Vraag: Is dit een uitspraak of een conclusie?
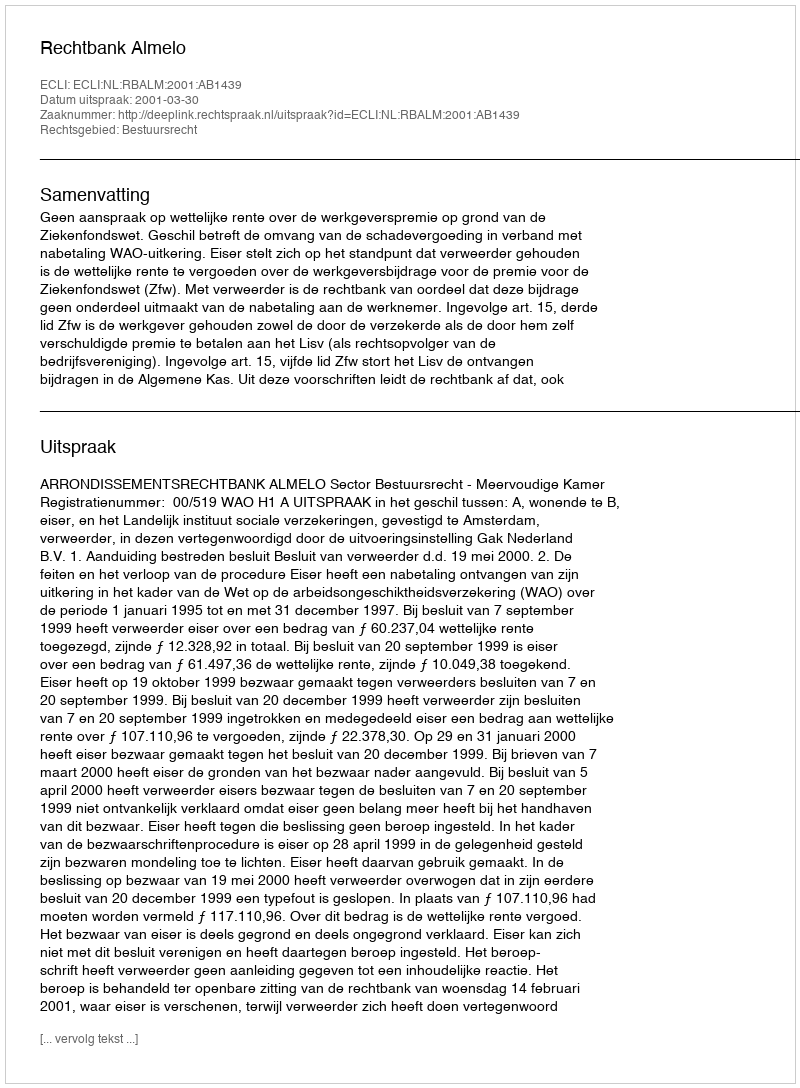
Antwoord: Uitspraak